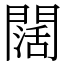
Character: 闊